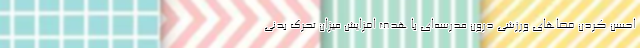
احسن کردن فضاهای ورزشی درون مدرسه‌ای با هدف افزایش میزان تحرک بدنی